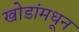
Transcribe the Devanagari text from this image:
खोडांमधून